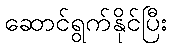
ဆောင်ရွက်နိုင်ပြီး